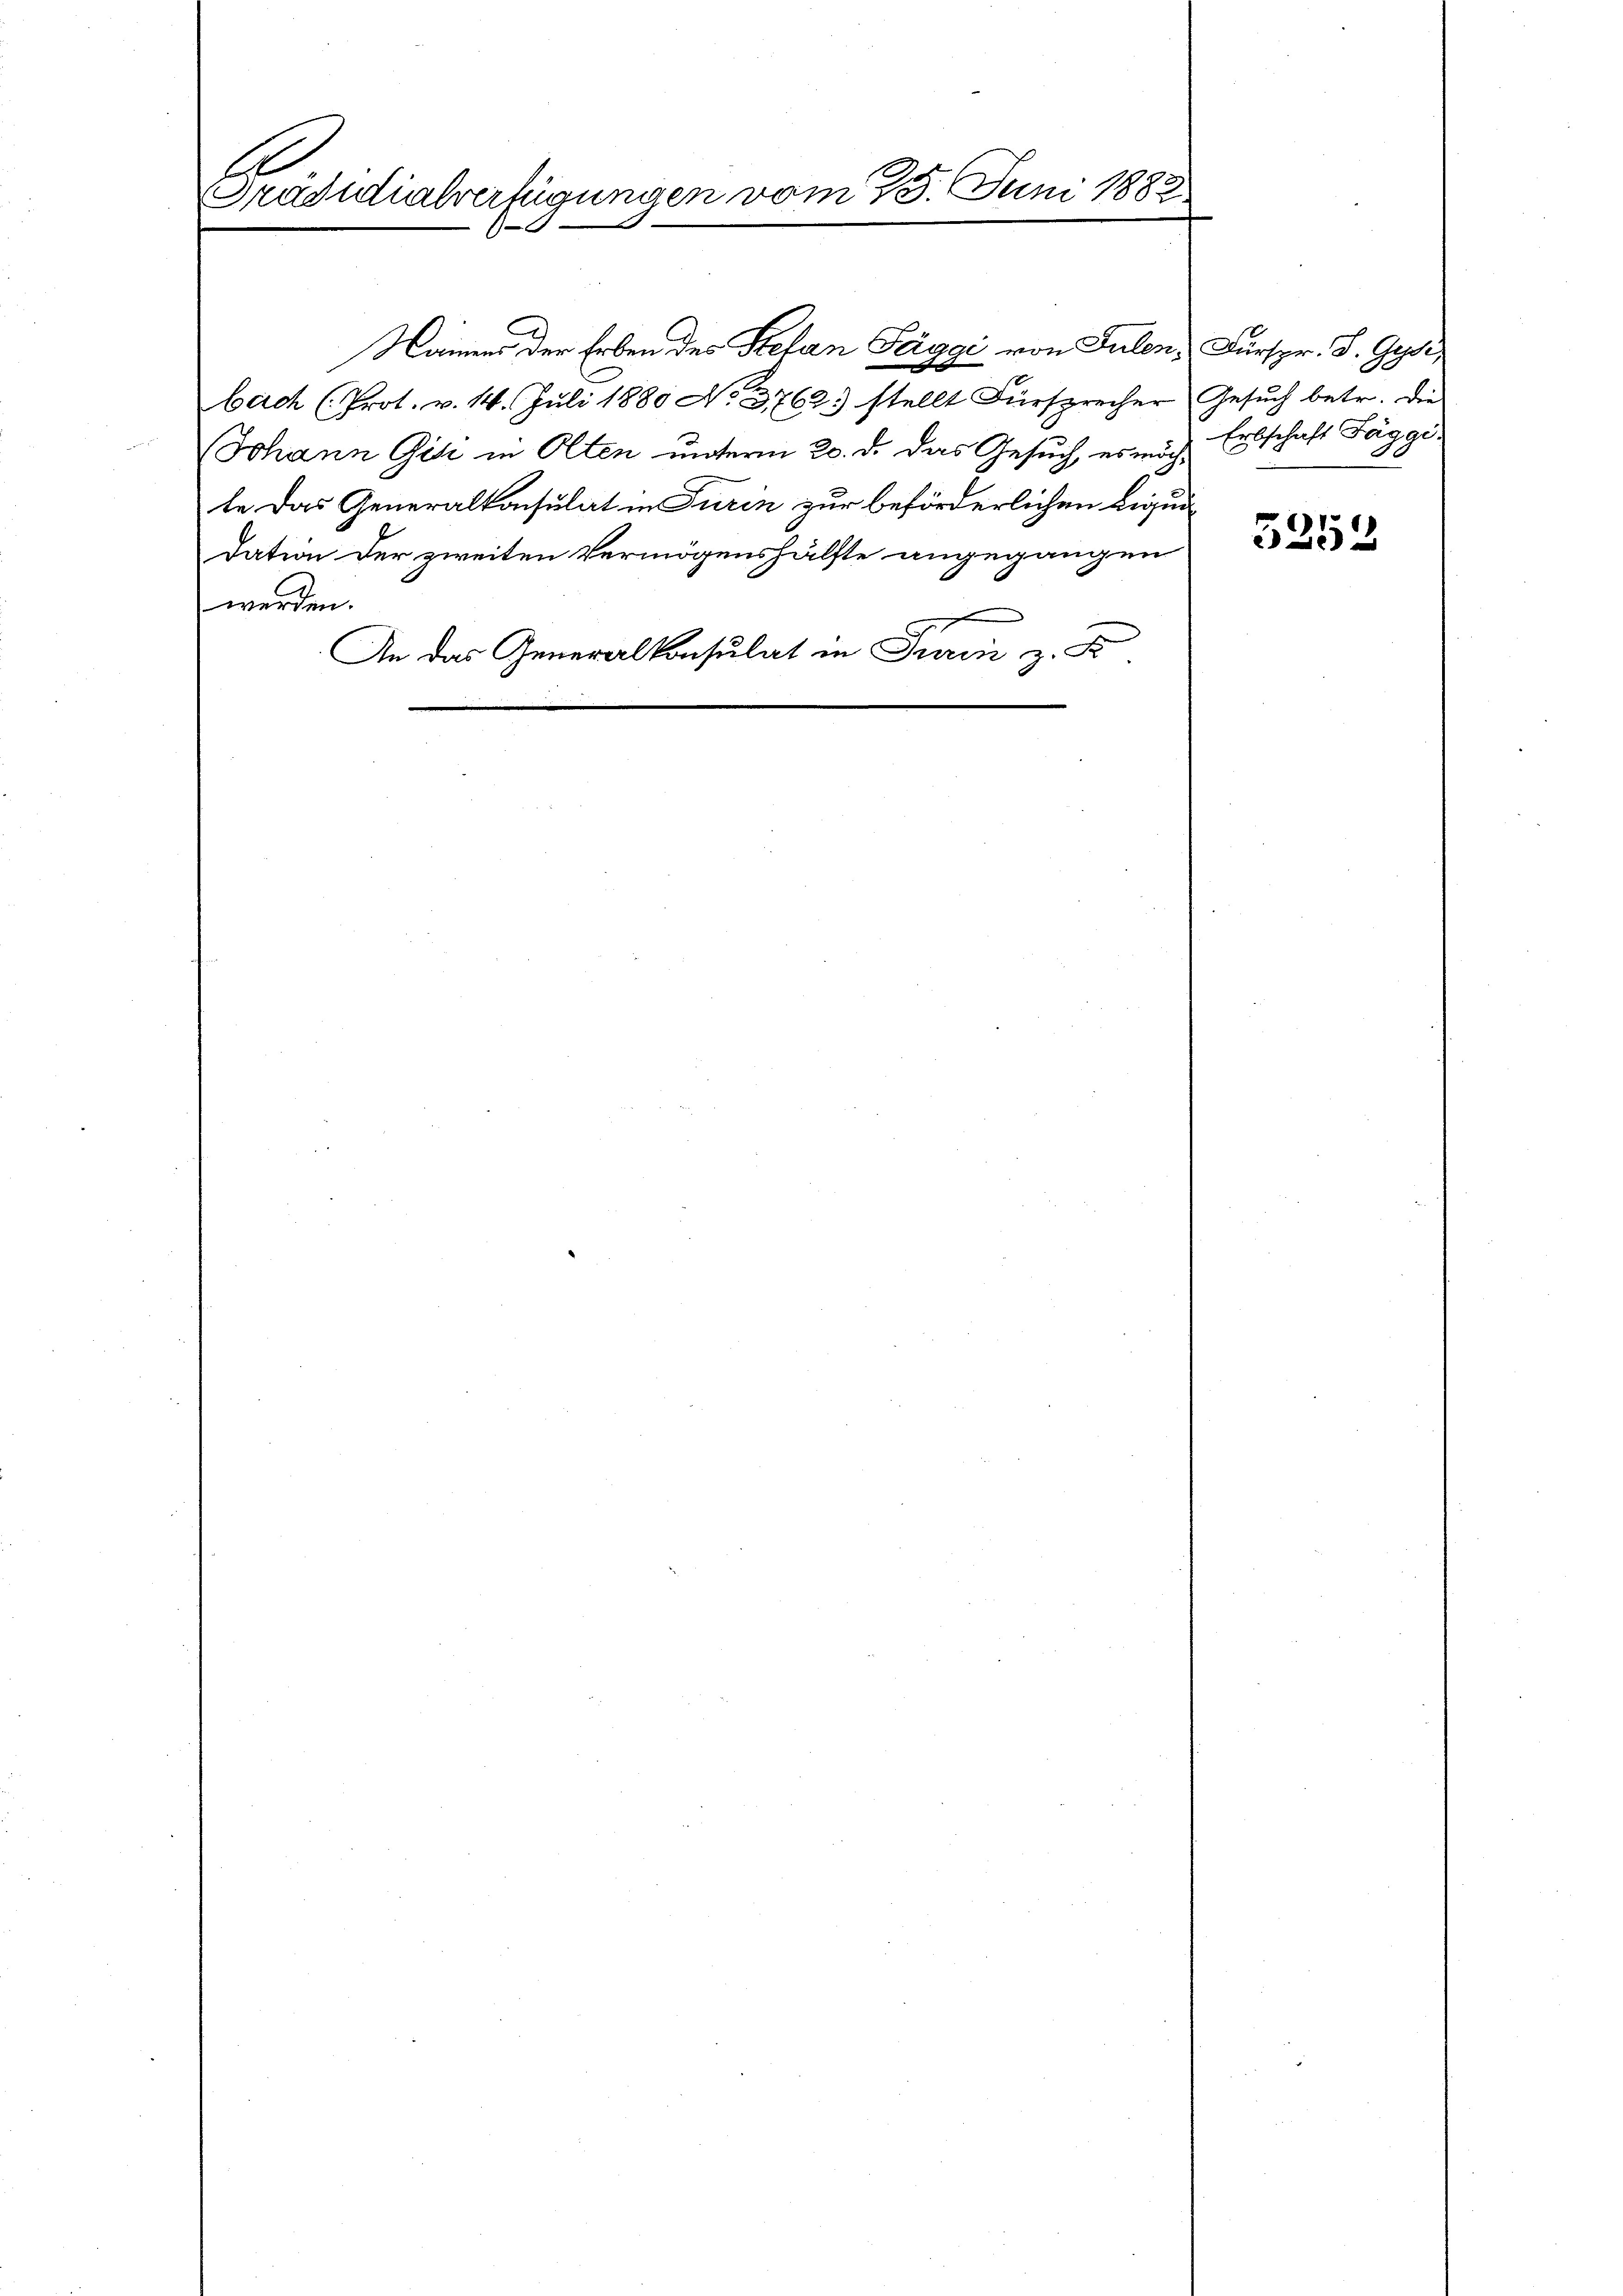
E
Präsidialverfügungen vom 15. Juni 1883.
0

bach (Prot. v. 14. Juli 1880 No 3762) stellt Fürsprecher Gesuch betr. die
Johann Gir in Olten unterm 20. d. das Gesuch, es möch Erbschaft Fäggete das Generalkonsulat in Turin zur beförderlichen Ligun
dation der zweiten Vermögenshälfte angegangen
werden.
An das Generalkonsulat in Frau z. B.

Namens der Erben des Stefan Paggi von Julen, Fürspr. J. Gyr,

5252